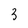
Character: 3